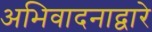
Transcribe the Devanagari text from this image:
अभिवादनाद्वारे